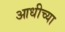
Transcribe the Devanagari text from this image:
आधीच्‍या